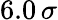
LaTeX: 6.0\, \sigma